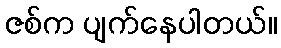
ဇစ်က ပျက်နေပါတယ်။